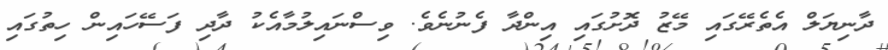
ދާނިޔަލް އެތެރޭގައި މޭޒު ދޮށުގައި އިންދާ ފެނުނެވެ. ވިސްނައިލުމާއެކު ދާދި ފަސޭހައިން ހިތުގައި